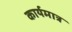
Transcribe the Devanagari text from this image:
कार्यमात्र